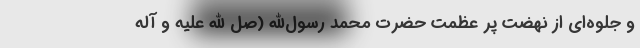
و جلوه‌ای از نهضت پر عظمت حضرت محمد رسول‌الله (صل الله علیه و آله